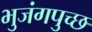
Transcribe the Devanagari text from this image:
भुजंगपुच्छ